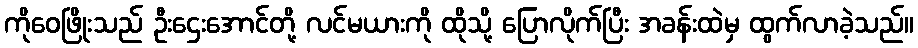
ကိုဝေဖြိုးသည် ဦးဌေးအောင်တို့ လင်မယားကို ထိုသို့ ပြောလိုက်ပြီး အခန်းထဲမှ ထွက်လာခဲ့သည်။